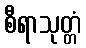
စီရာသုတ္တံ